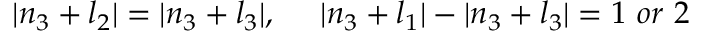
| n _ { 3 } + l _ { 2 } | = | n _ { 3 } + l _ { 3 } | , \ \ \ \ | n _ { 3 } + l _ { 1 } | - | n _ { 3 } + l _ { 3 } | = 1 \ o r \ 2